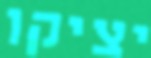
יציקו